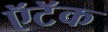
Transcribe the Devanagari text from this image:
ऍटॅक